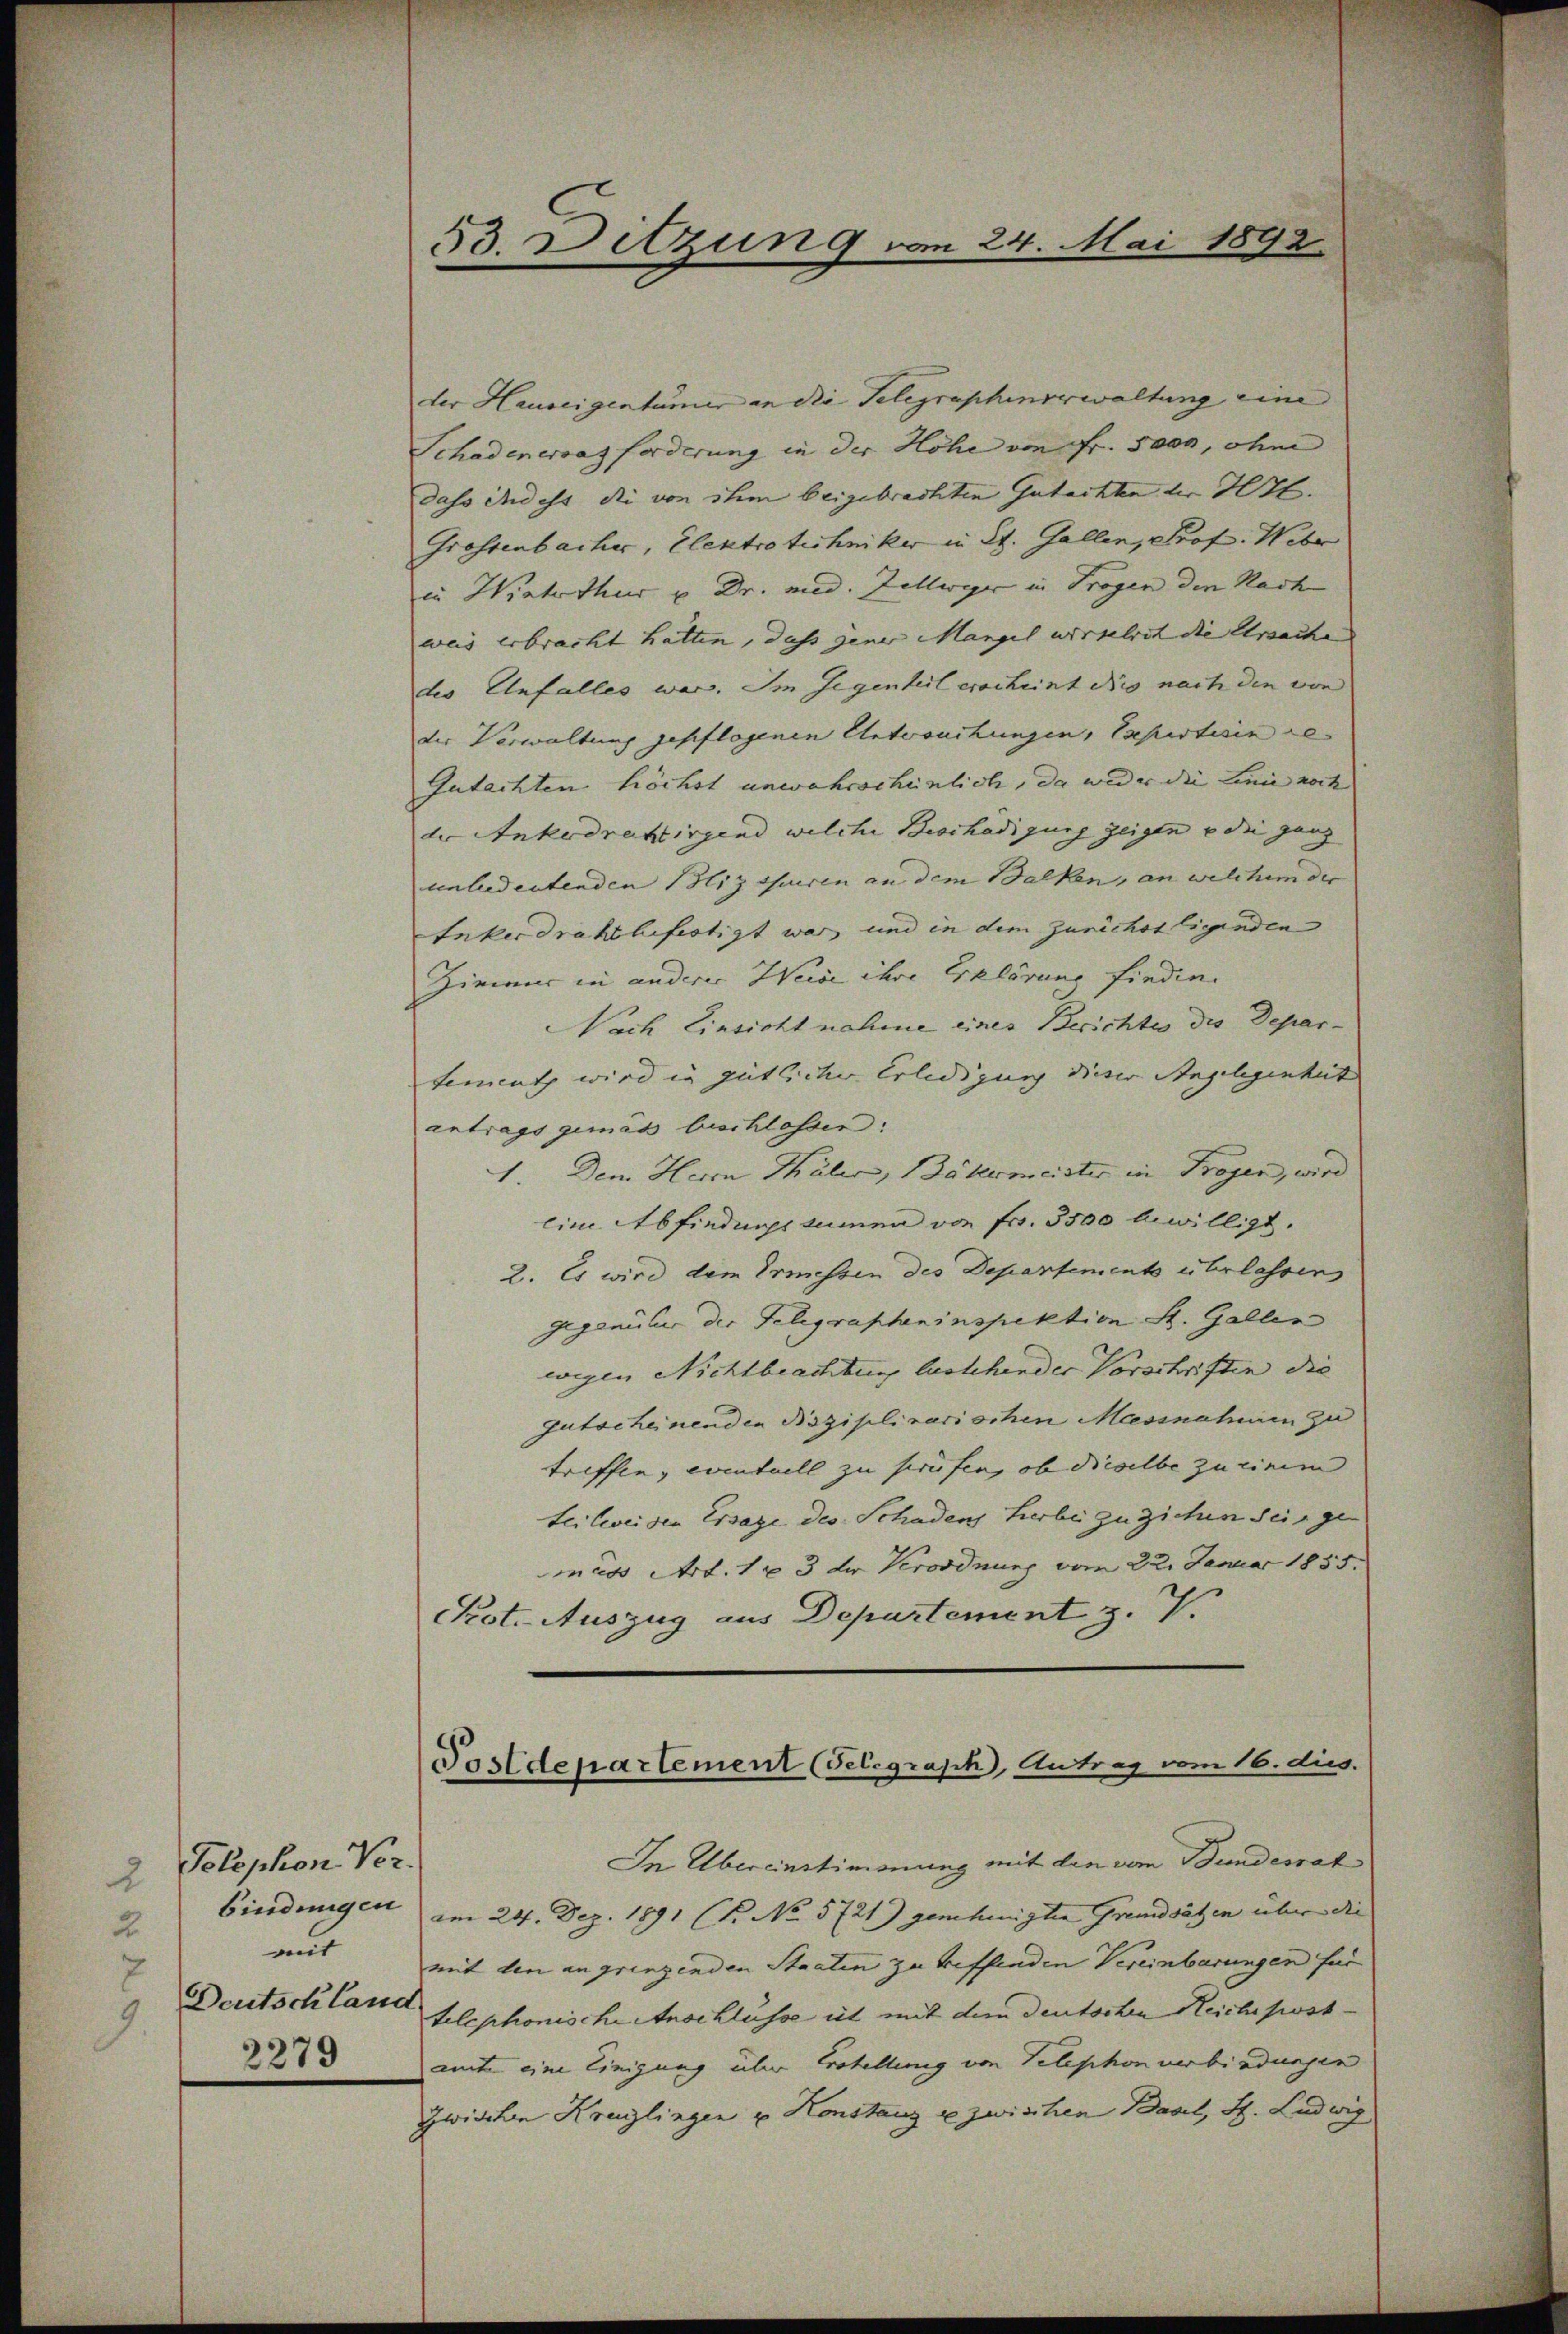
Telephon Ver
bindungen
2
mit
7
Deutschland
9
2279

53. Ditzung vom 24. Mai 1892

Postdepartement (Telegraph, Antrag vom 16. dies.

der Hauseigentümer an die Telegraphenverwaltung eine |
Schadenervaz forderung in der Höhe von Fr. 5000, ohne
dass indess die von ihm beigebrachten Gutachte der Hr.
Grossenbacher, Elektrotechniker in St. Gallen, Prof. Weber
in Winterthur u Dr. med. Zellweger in Trogen den Nach
weis erbracht hatten, daß jener Mangel verselrit die Ursache
des Unfalles war. Im Gegenheil erscheint dies nach den von
der Verwaltung gepflogenen Untersuchungen, Expertisin re
Gutachten höchst unwahrscheinlich, da wider die Linie noch |
der Ankerdrahirgend welche Beschädigung zeigen u die ganz |
unbedeutenden Blizssuiren an dem Balken, an welchem der
Enkerdrahtbefestigt war, und in dem Zürichsstigenden
Himmer in anderer Weise ihre Erklärung finden.
Nach Einsicht nahme eines Berichtes die Departementz wird in gütlicher Erledigung dieser Angelegenheit
antrags gemas beschlassen:
1. Dem Herrn Thäler, Bäkermeister in Fragen, wird
eine Abfindungsannen von Fr. 3500 bewilligt.
2. Es wird dem Ermessen des Departements überlassens
Gegenüber der Telegrapheninspektion St. Gallen
wegen Nichtbeachtung lastehender Vorschriften die |
Gutscheinenden Disziplinarischen Massnahmen zu
triffen, eventuell zu prüfen, ob dieselbe zu einem
teilweisen Ersage des Schadens herbe zu ziehen sein gemess Art. 1 & 3 der Verordnung vom 22. Januar 1855.
Pot. Auszug aus Departement z. 7.
In Übereinstimmung mit den vom Bundesrat
am 24. Dez. 1891 (T. No 5721) genehmigten Grundsätzen über die
mit den angringenden Staaten zu treffenden Vereinbarungen für
telephonische Anschlusse ist mit dem deutschen Reichepostamte eine Einigung über Protellung von Telephon verbindungen
Zwischen Kraglingen u Konstanz u zwischen Basel, St. Ludwig